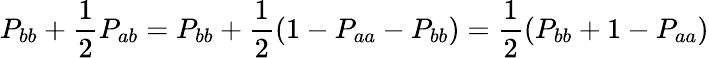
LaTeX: P_{bb}+\frac{1}{2}P_{ab}=P_{bb}+\frac{1}{2}(1-P_{aa}-P_{bb})=\frac{1}{2}(P_{bb}+1-P_{aa})